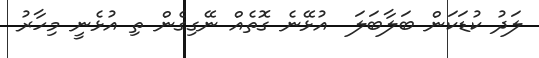
ލަދު ކުޑަކަން ބަލާބަލަ  އުޅޭނެ ގޮތެއް ނޭގިގެން ތި އުޅެނީ މިހާރު